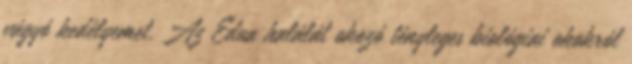
vágyó kedélyemet. Az Edua halálát okozó tényleges biológiai okokról